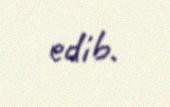
edib.